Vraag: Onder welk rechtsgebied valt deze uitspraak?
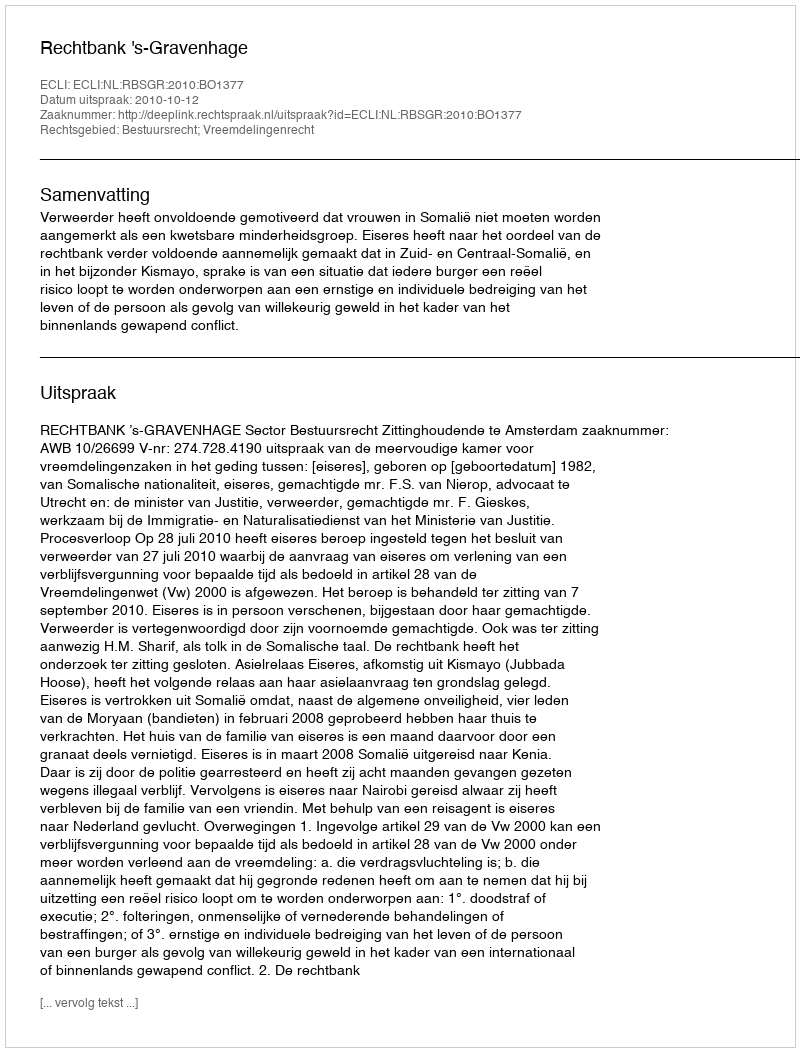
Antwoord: Bestuursrecht; Vreemdelingenrecht